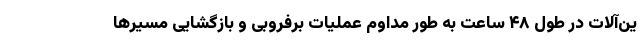
ین‌آلات در طول ۴۸ ساعت به طور مداوم عملیات برفروبی و بازگشایی مسیرها